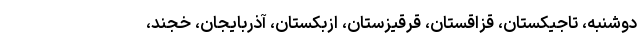
دوشنبه، تاجیکستان، قزاقستان، قرقیزستان، ازبکستان، آذربایجان، خجند،